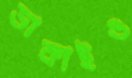
ডাকাইও